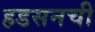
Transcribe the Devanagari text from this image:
हडसनची